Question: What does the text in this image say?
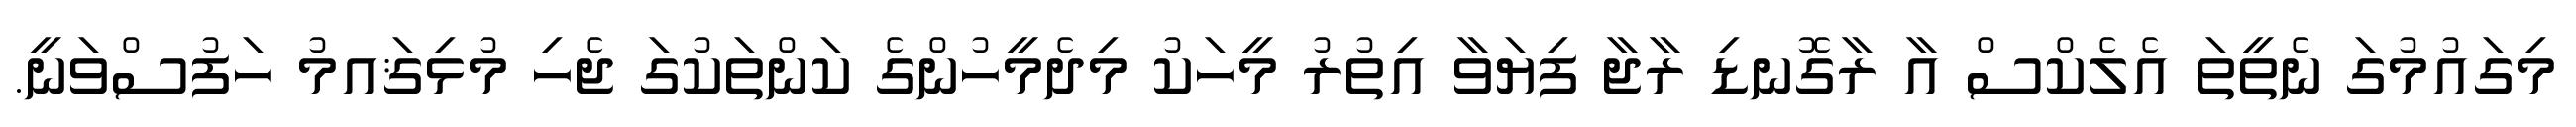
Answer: މިގައުމުގަ ނެތީތަ އެލެކްސް އާ ރާގޮނޑި ރާޖާ ފިޔަވާ އިތުރު މީހަކު މިދެމީހުންގެ ކަންތަކުގަ ޖެހި މުޅިޤައމު ހަފުސްވަނީ.